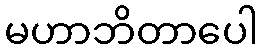
မဟာဘိတာပေါ